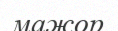
мажор